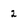
Character: 2